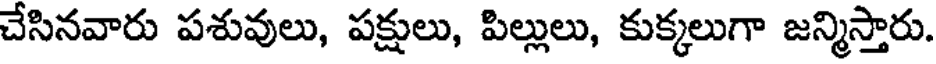
చేసినవారు పశువులు, పక్షులు, పిల్లులు, కుక్కలుగా జన్మిస్తారు.